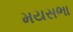
મયસભા